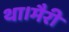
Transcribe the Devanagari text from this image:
था।मैरी